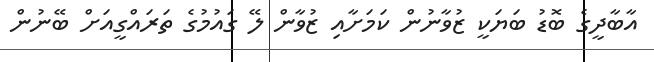
އާބާދީގެ ބޮޑު ބަޔަކީ ޒުވާނުން ކަމަށާއި ޒުވާން ލޭ ގައުމުގެ ތަރައްގީއަށް ބޭނުން